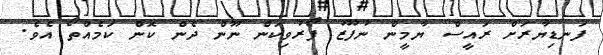
ފަނޑިޔާރަށް ރައީސް ޔާމީން ނުފޫޒު ފޯރުވިކަން ނޫން ދެން ކޮން ކަމެއްތޯ އެވެ.